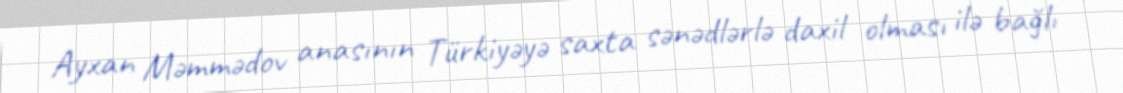
Ayxan Məmmədov anasının Türkiyəyə saxta sənədlərlə daxil olması ilə bağlı